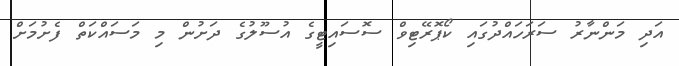
އަދި މަންނާރު ސަރަހައްދުގައި ކޯޕޮރޭޓިވް ސޮސައިޓީގެ އުސޫލުގެ ދަށުން މި މަސައްކަތް ފެށުމަށް